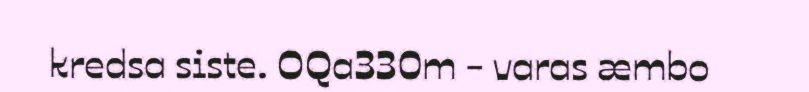
kredsa siste. OQa330m - varas æmbo